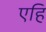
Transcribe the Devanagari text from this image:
एहिं